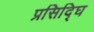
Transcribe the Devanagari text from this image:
प्रसिद्घि